Report on vaccination in Madras 1922-1929 - 1922-1929
Year: 1922
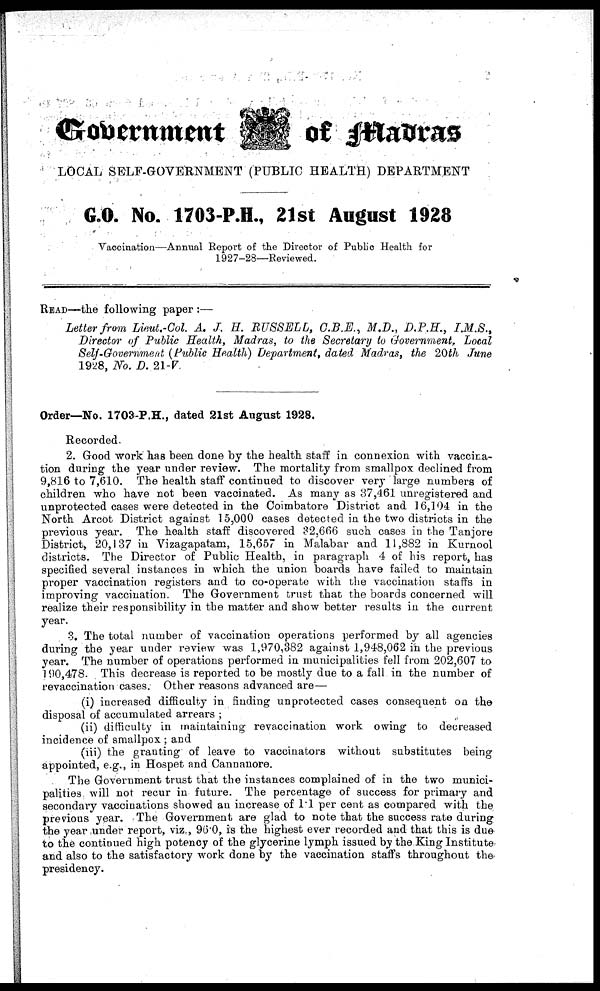
Government
of Madras
LOCAL SELF-GOVERNMENT (PUBLIC HEALTH) DEPARTMENT
G.O. No. 1703-P.H., 21st August 1928
Vaccination—Annual Report of the Director of Public Health for
1927-28—Reviewed.
READ—the following paper :—
Letter from Lieut.-Col. A. J. H. RUSSELL, C.B.E., M.D., D.P.H., I.M.S.,
Director of Public Health, Madras, to the Secretary to Government, Local
Self-Government (Public Health) Department, dated Madras, the 20th June
1928, No. D. 21-V.
Order—No. 1703-P.H., dated 21st August 1928.
Recorded.
2. Good work has been done by the health staff in connexion with vaccina-
tion during the year under review. The mortality from smallpox declined from
9,816 to 7,610. The health staff continued to discover very large numbers of
children who have not been vaccinated. As many as 37,461 unregistered and
unprotected cases were detected in the Coimbatore District and 16,104 in the
North Arcot District against 15,000 cases detected in the two districts in the
previous year. The health staff discovered 32,666 such cases in the Tanjore
District, 20,137 in Vizagapatam, 15,657 in Malabar and 11,882 in Kurnool
districts. The Director of Public Health, in paragraph 4 of his report, has
specified several instances in which the union boards have failed to maintain
proper vaccination registers and to co-operate with the vaccination staffs in
improving vaccination. The Government trust that the boards concerned will
realize their responsibility in the matter and show better results in the current
year.
3. The total number of vaccination operations performed by all agencies
during the year under review was 1,970,382 against 1,948,062 in the previous
year. The number of operations performed in municipalities fell from 202,607 to
190,478. This decrease is reported to be mostly due to a fall in the number of
revaccination cases. Other reasons advanced are—
(i) increased difficulty in finding unprotected cases consequent on the
disposal of accumulated arrears ;
(ii) difficulty in maintaining revaccination work owing to decreased
incidence of smallpox ; and
(iii) the granting of leave to vaccinators without substitutes being
appointed, e.g., in Hospet and Cannanore.
The Government trust that the instances complained of in the two munici-
palities will not recur in future. The percentage of success for primary and
secondary vaccinations showed an increase of 1.1 per cent as compared with the
previous year. The Government are glad to note that the success rate during
the year under report, viz., 96.0, is the highest ever recorded and that this is due
to the continued high potency of the glycerine lymph issued by the King Institute
and also to the satisfactory work done by the vaccination staffs throughout the
presidency.